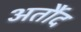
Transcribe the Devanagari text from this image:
अर्तौद